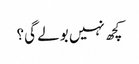
کچھ نہیں بولے گی؟